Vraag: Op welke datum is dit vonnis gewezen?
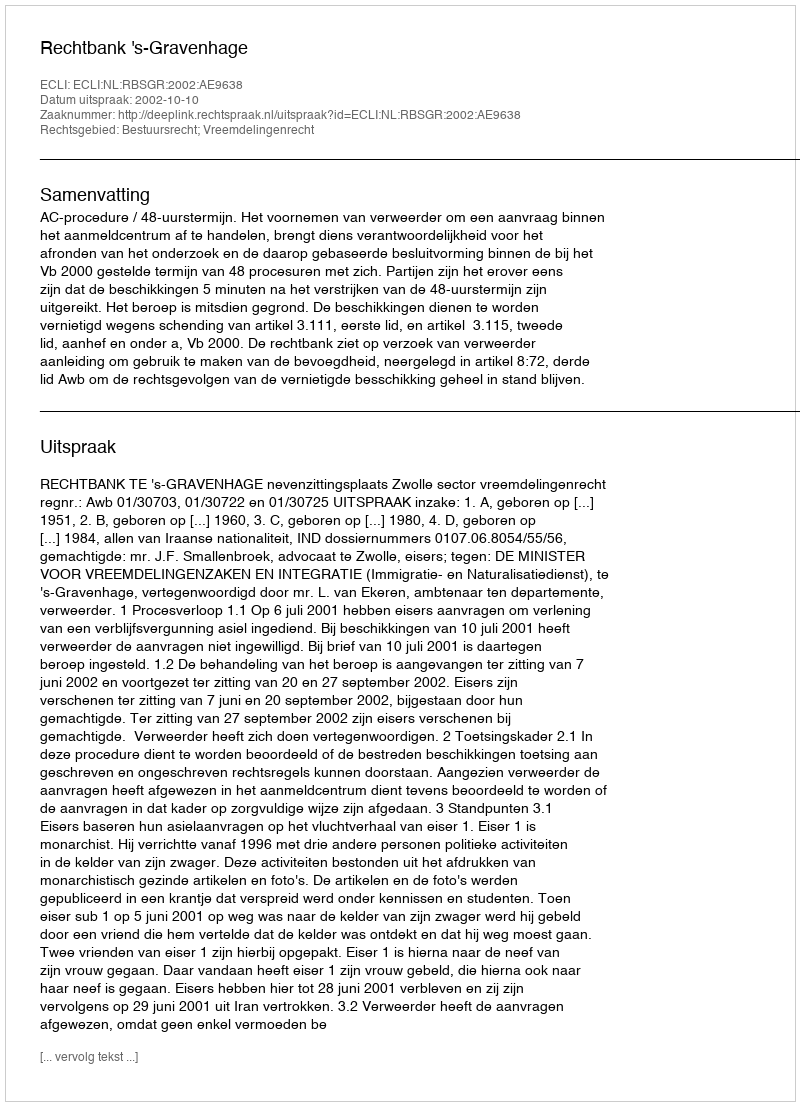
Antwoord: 2002-10-10